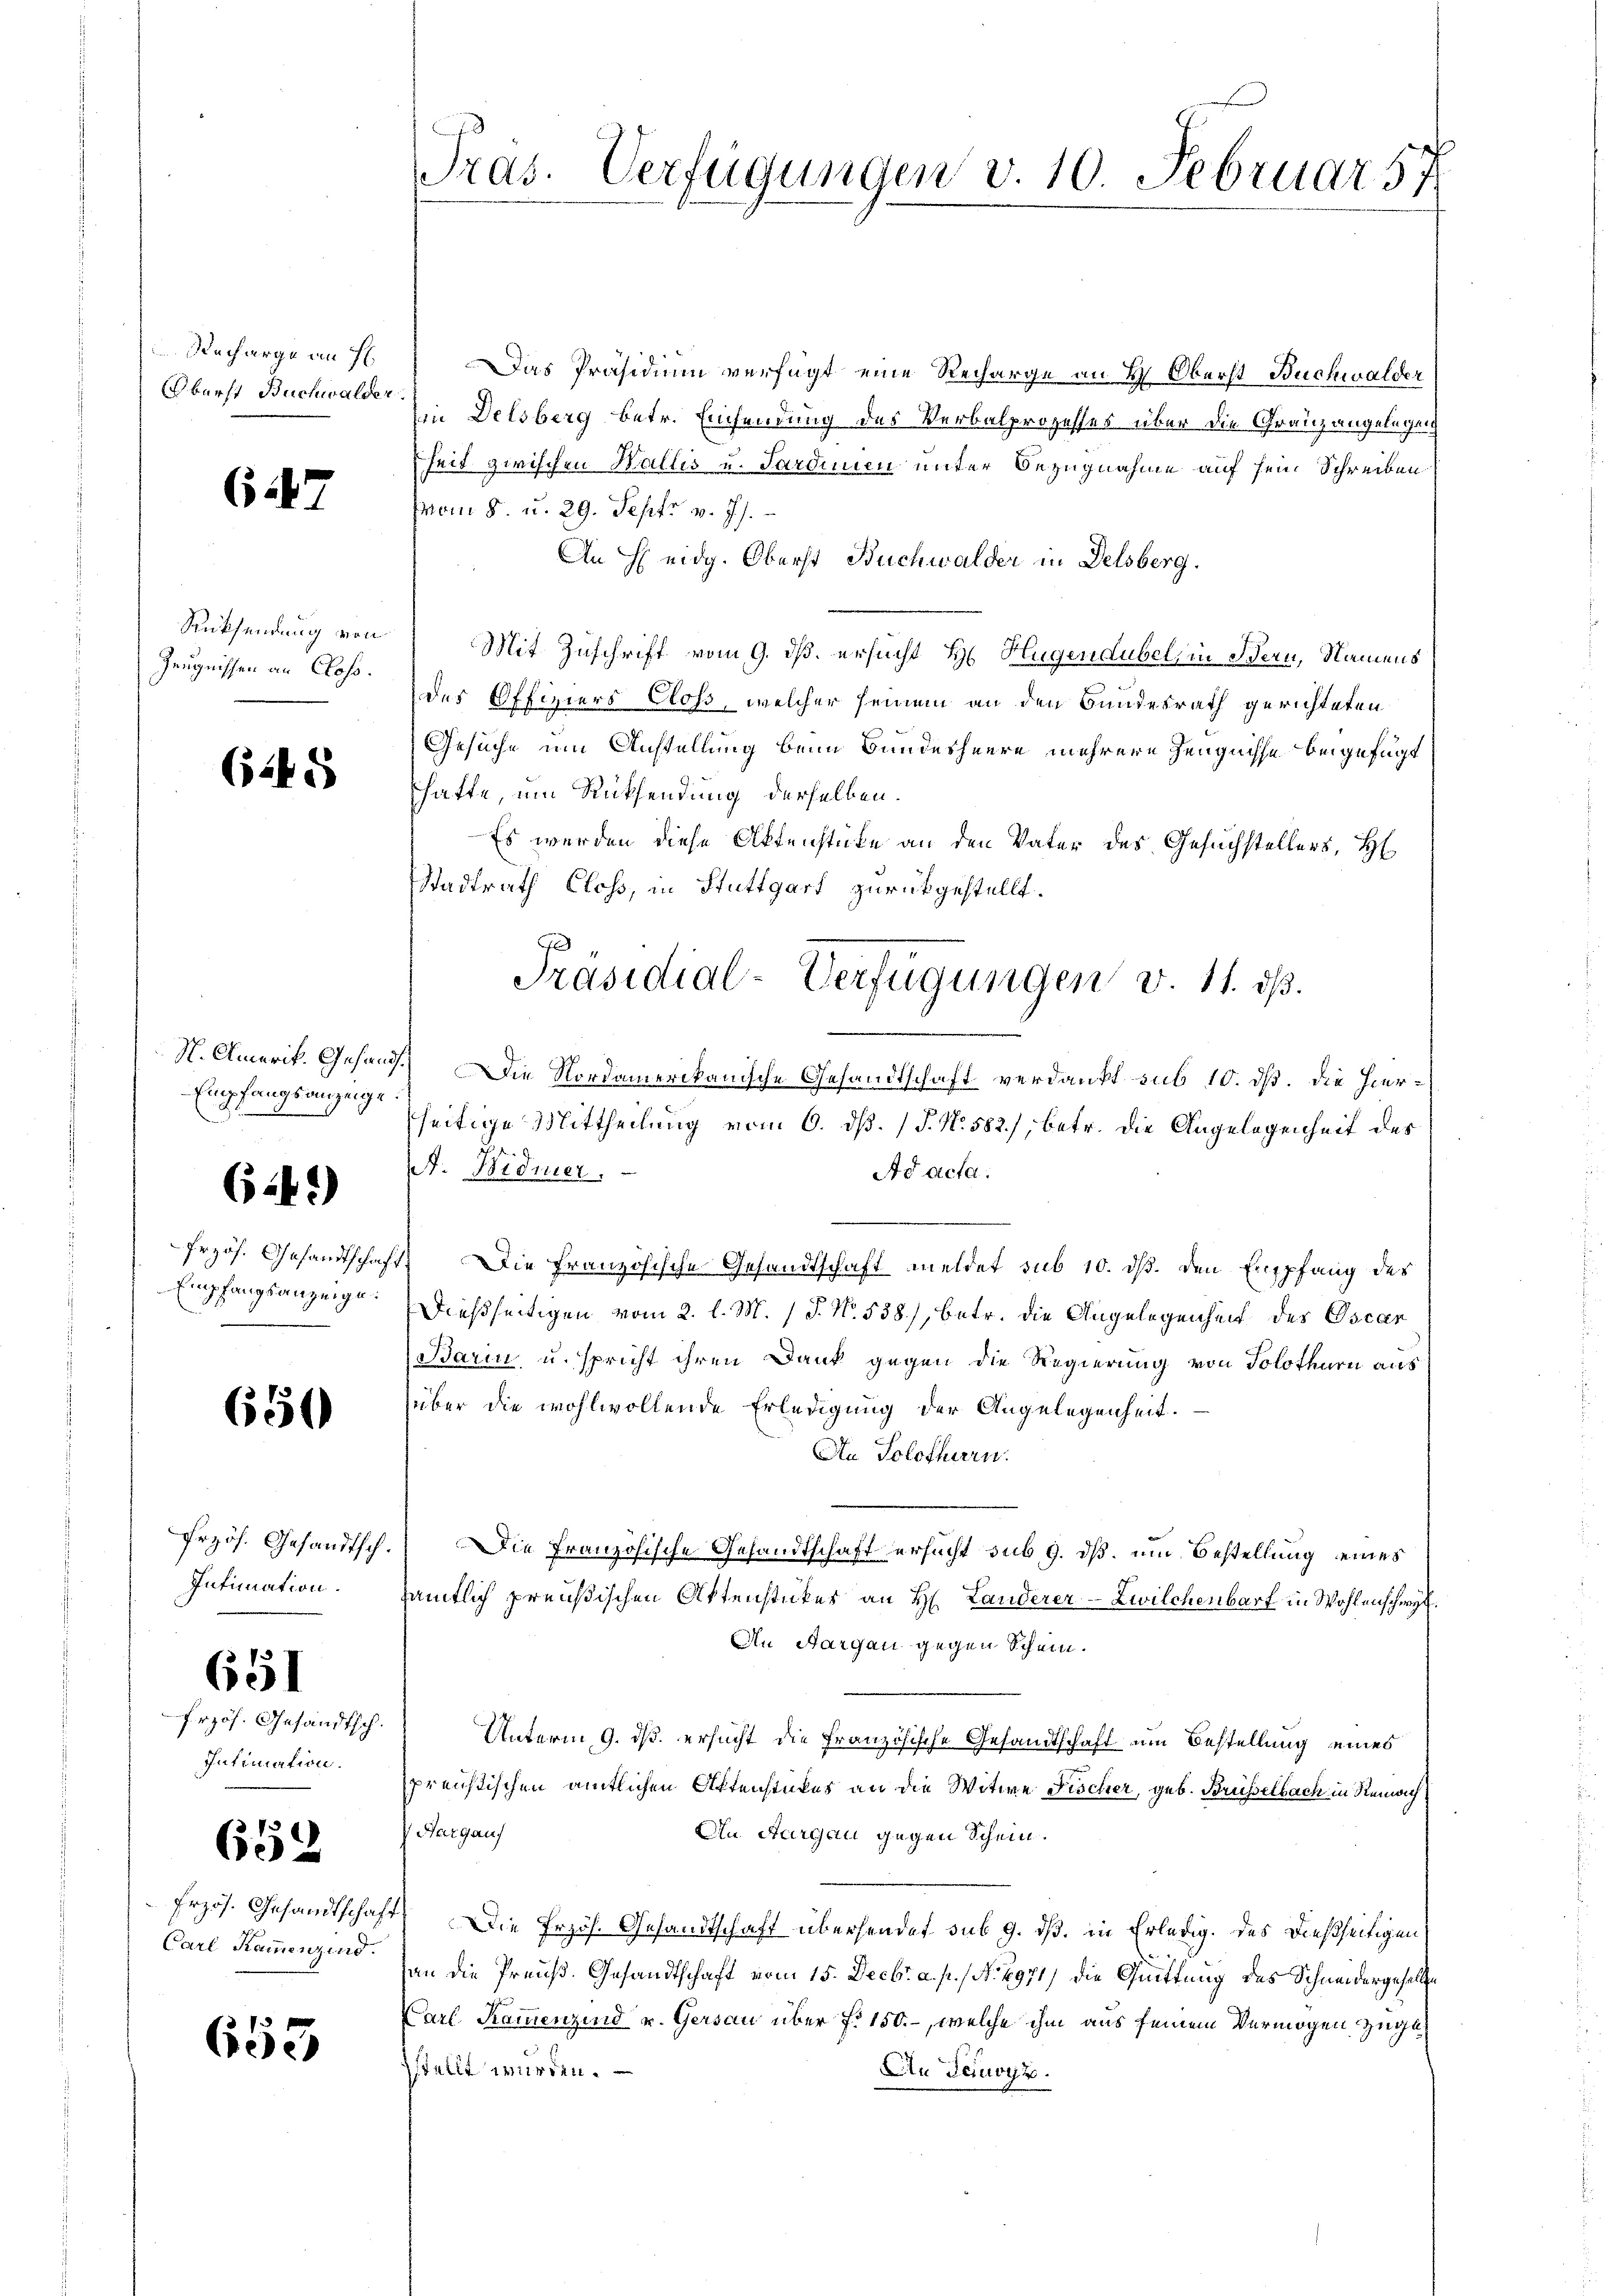
Tras. Verfügungen v. 10. Februar 57

Das Präsidium verfügt eine Recharge an H. Oberst Buchwalder
Ein Delsberg betr. Einsendung des Verbalprozesses über die Grauzangelegen
heit zwischen Wallis u. Sardinien unter Bezugnahme auf sein Schreiben
(vom 8. u. 29. Sept. v. Js.
An H eidg. Oberst Buchwalder in Delsberg.
Mit Zuschrift vom 9. ds. ersucht H. Hugendubel, in Bern, Namens
des Offiziers bloss, welcher seinem an den Bundesrath gerichteten
Gesuche um Anstellung beim Bundesheere mehrere Zeugnisse beigefügt
hatte, um Rücksendung derselben.
Es werden diese Aktenstücke an den Vater des Gesuchstellers, H
Stadtrath Closs, in Stuttgart zurückgestellt.
7
N. Amerik. Gesand. Die Nordamerikanische Gesandtschaft verdankt sub 10. dß. Die hierseitige Mittheilung vom 6. dß. (T. N. 582), betr. die Angelegenheit der
Ad acta.
. Widmer.
n
1) Die französische Gesandtschaft meldet sub 10. dß. den Empfang des
Dießseitigen vom 2. l. M. (T. No. 538), betr. die Angelegenheit des Oscan
Barin, u. spricht ihren Dank gegen die Regierung von Solothurn aus
über die wohlwollende Erledigung der Angelegenheit.
An Solothurn.
 Die Französische Gesandtschaft ersucht sub 9. dß, und Bestellung eines
sämtlich preußischen Aktenstückes an H. Landerer-Zwilchenbarf in Wohlenschwyz.
An Aargau gegen Schein.
Unterm 9. ds. ersucht die französische Gesandtschaft um Bestellung eines
preussischen amtlichen Aktenstückes an die Witwe Fischer, geb. Brüsselbach in Remich
Aargauf
An Aargau gegen Schein.
7. Die Erzöh. Gesandtschaft übersendet sub 9. dß. in Erledig. des dießseitigen
an die Preuß. Gesandtschaft vom 15. Decbr. a. p. N. 4971) die Quittung des Schneidergehalte
Karl Kommenzind u. Gersau über f. 150.-, welche ihm aus seinem Vermögen zugestellt würden.
An Teuoyz.

Recharge an H
Obarft Buchwalder

647

Rücksendung von
Zeugnissen an Closo.

245

Präsidial-Verfügungen v. 11. ds.

Empfangsanzeige.

64)

Przös. Gesandtschaf
Empfangsanzeige

650

Przös. Gesandtsch.
Intimation.

651

Przös. Gesandtsch.
Intimation.

619

Erzös. Gesandtschaft
Carl Kammenzind.

653